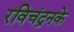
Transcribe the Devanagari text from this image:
रविचंद्रनके